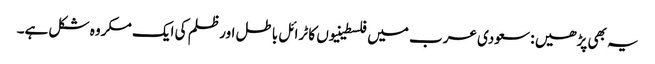
یہ بھی پڑھیں : سعودی عرب میں فلسطینیوں کا ٹرائل باطل اور ظلم کی ایک مکروہ شکل ہے۔